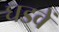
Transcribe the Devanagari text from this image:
घडवें